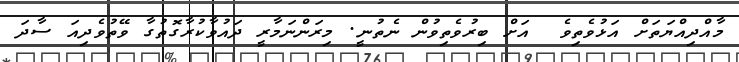
މާއްދިއްޔަތަށް އަޅުވެތިވެ  އަށް ބިރުވެތިވުން ނެތުނީ. މިރަންނަމާރީ ދައުވާކުރާގޮތުގާ ވޭތުވެދިއަ ސާދަ